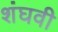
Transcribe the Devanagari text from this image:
शंघवी